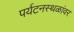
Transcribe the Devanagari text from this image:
पर्यटनस्थळांवर